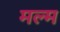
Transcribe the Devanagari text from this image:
मल्म